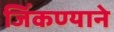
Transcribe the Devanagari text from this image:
जिंकण्याने